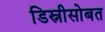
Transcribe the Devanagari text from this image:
डिस्नीसोबत